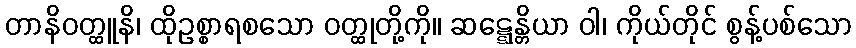
တာနိဝတ္ထူနိ၊ ထိုဥစ္စာရစသော ဝတ္ထုတို့ကို။ ဆဋ္ဋေန္တိယာ ဝါ၊ ကိုယ်တိုင် စွန့်ပစ်သော